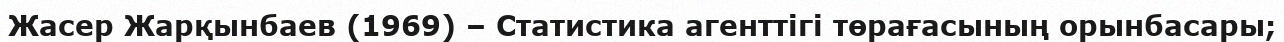
Жасер Жарқынбаев (1969) – Статистика агенттігі төрағасының орынбасары;